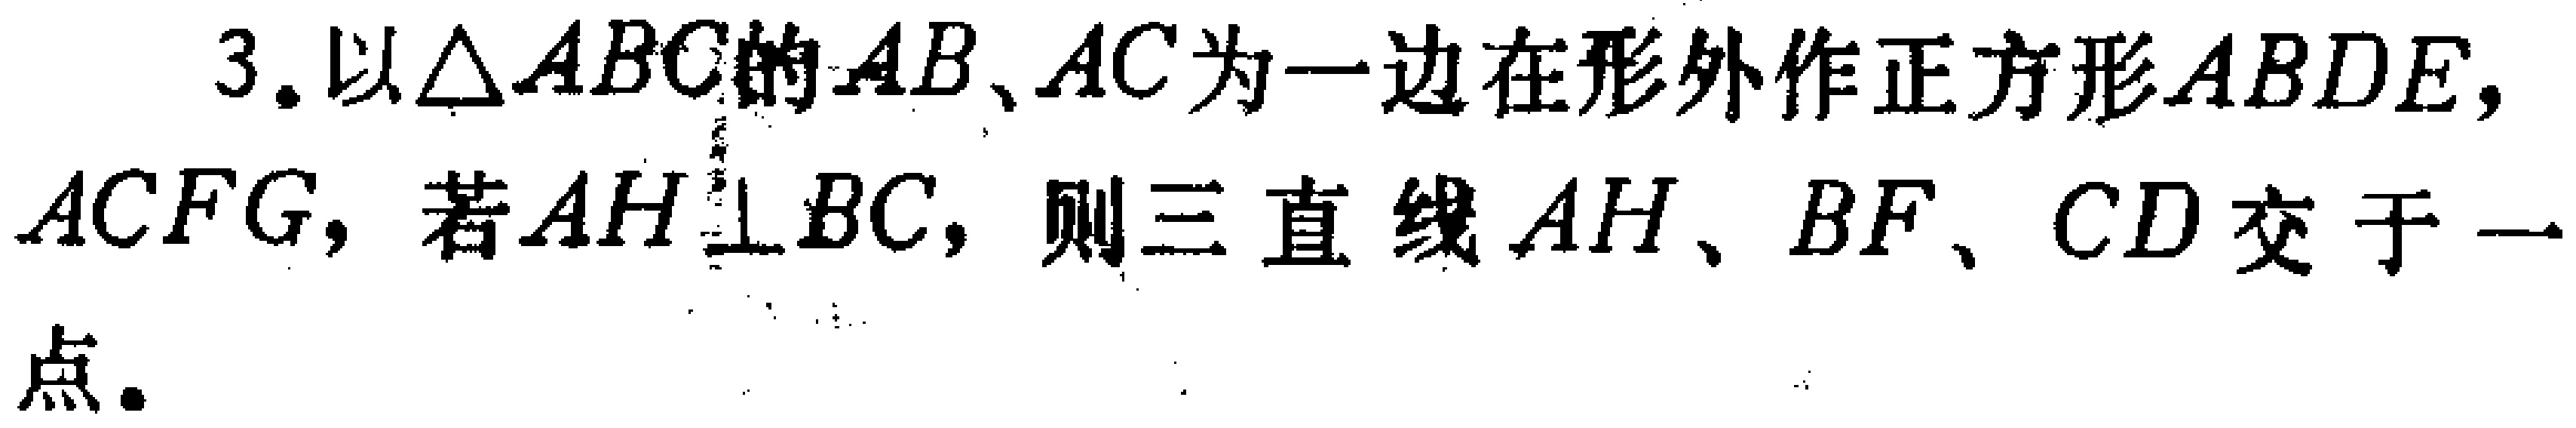
3. 以$\triangle ABC$的$AB$、$AC$为一边在形外作正方形$ABDE$，$ACFG$，若$AH\perp BC$，则三直线$AH$、$BF$、$CD$交于一点。